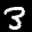
Label: 3